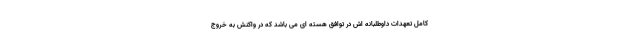
کامل تعهدات داوطلبانه اش در توافق هسته ای می باشد که در واکنش به خروج